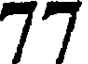
77